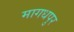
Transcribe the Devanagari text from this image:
मागधपुर